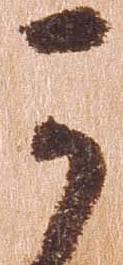
可